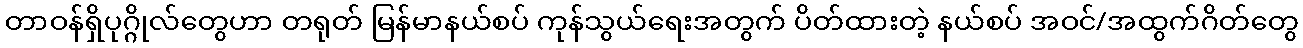
တာဝန်ရှိပုဂ္ဂိုလ်တွေဟာ တရုတ် မြန်မာနယ်စပ် ကုန်သွယ်ရေးအတွက် ပိတ်ထားတဲ့ နယ်စပ် အဝင်/အထွက်ဂိတ်တွေ